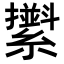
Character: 𦆫